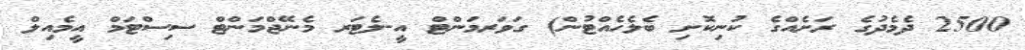
2500 ދެމެދުގެ ރަށެއްގެ ކުނިކޮށި ބެލެހެއްޓުން) ގަވަރމަންޓް އީ-ލެޓަރ މެނޭޖްމަންޓް ސިސްޓަމް އީމެއިލް